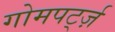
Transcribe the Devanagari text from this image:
गोमपर्ट्ज़